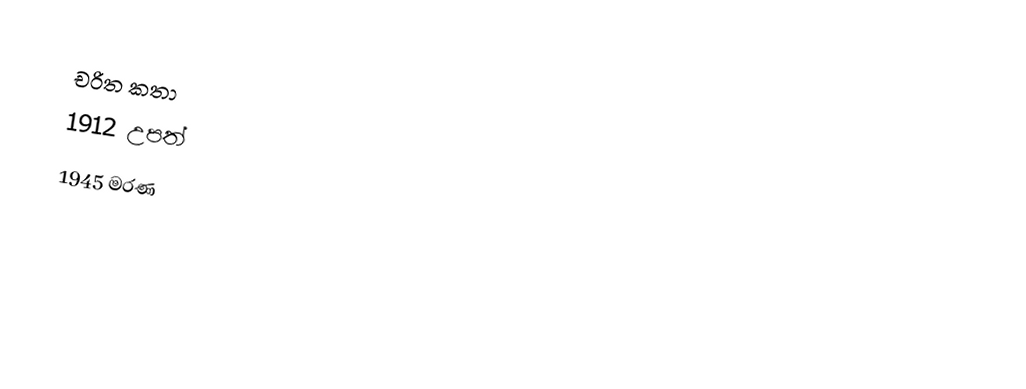
චරිත කතා
1912 උපත්
1945 මරණ